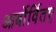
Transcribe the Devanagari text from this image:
आर्बोर्वितए